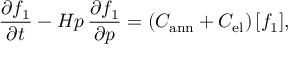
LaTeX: \frac { \partial f _ { 1 } } { \partial t } - H p \, \frac { \partial f _ { 1 } } { \partial p } = ( C _ { \mathrm { a n n } } + C _ { \mathrm { e l } } ) \, [ f _ { 1 } ] ,